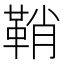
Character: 鞘